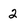
Character: 2